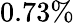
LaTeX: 0.73\%